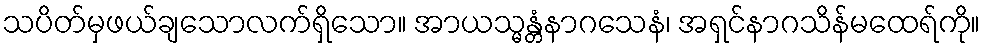
သပိတ်မှဖယ်ချသောလက်ရှိသော။ အာယသ္မန္တံနာဂသေနံ၊ အရှင်နာဂသိန်မထေရ်ကို။